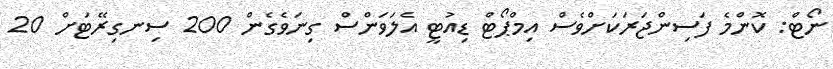
ނޯޓް: ކޮންމެ ފަސިންޖަރަކަށްވެސް އިމްޕޯޓް ޑިއުޓީ އެލަވަންސް ގިނަވެގެން 200 ސިނގިރޭޓަށް 20